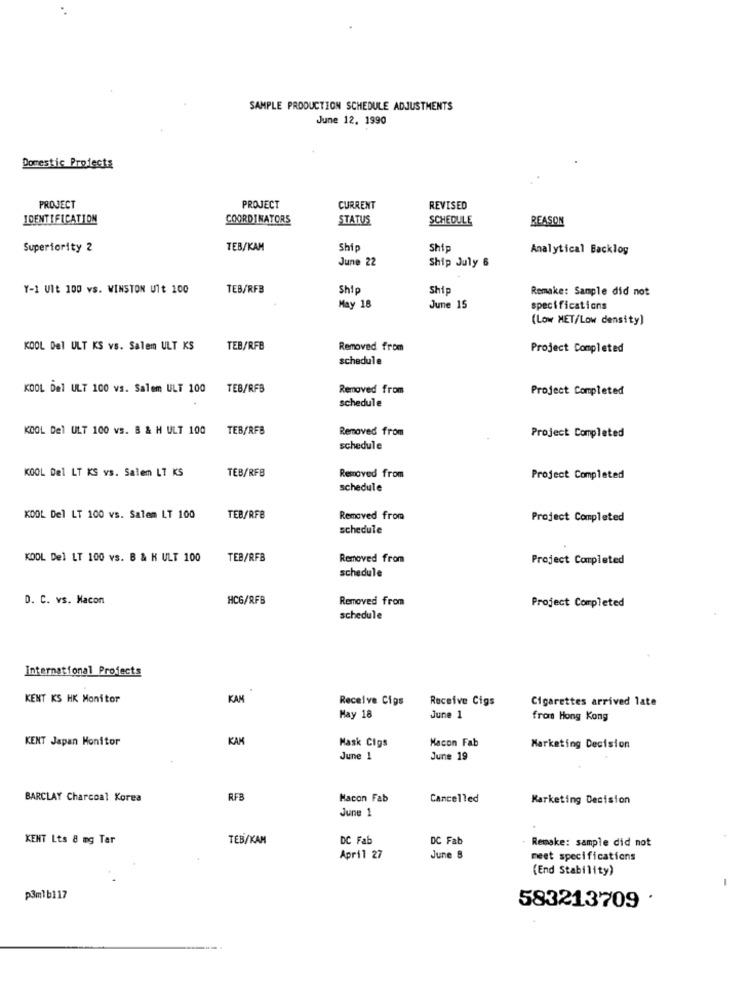
SAMPLE PRODUCTION SCHEDULE ADJUSTMENTS
June 12. 1990
Domestic Protects
PROJECT
PROJECT
CURRENT
REVISED
IDENTIFICATION
COORDINATORS
STATUS
SCHEDULE
REASON
Superiority 2
TEB/KAM
Ship
Ship
Analytical Backlog
June 22
Ship July 6
Y-1 Ult 100 vs. WINSTON Ult 100
TEB/RFB
Ship
Ship
Remake: Sample did not
May 18
June 15
specifications
(Low MET/Low density)
KOOL Del ULT KS vs. Salem ULT KS
TEB/RFB
Removed from
Project Completed
schedule
KOOL Del ULT 100 vs. Salem ULT 100
TEB/RFB
Removed from
Project Completed
schedule
KOOL Del ULT 100 vs. B & H ULT 100
TEB/RFB
Removed from
Project Completed
schedule
KOOL Del LT KS vs. Salem LT KS
TEB/RFB
Removed from
Project Completed
schedule
KOOL Del LT 100 vs. Salem LT 100
TEB/RFB
Removed from
Project Completed
schedule
KOOL Del LT 100 vs. B & K ULT 100
TEB/RFB
Removed from
Project Completed
schedule
D. C. vs. Macon
HCG/RFB
Removed from
Project Completed
schedule
International Profects
KENT KS HK Monitor
KAM
Receive Cigs
Receive Cigs
Cigarettes arrived late
May 18
June 1
from Hong Kong
KENT Japan Monitor
KAK
Mask Cigs
Macon Fab
Marketing Decision
June 1
June 19
BARCLAY Charcoal Korea
RFB
Macon Fab
Cancelled
Marketing Decision
June 1
KENT Lts 8 mg Tar
TEB/KAM
DC Fab
DC Fab
Remake: sample did not
April 27
June 8
meet specifications
(End Stability)
p3mlb117
583213709 .